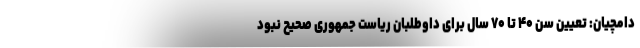
دامچیان: تعیین سن ۴۰ تا ۷۰ سال برای داوطلبان ریاست جمهوری صحیح نبود